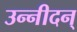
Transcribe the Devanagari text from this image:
उन्नीदन्